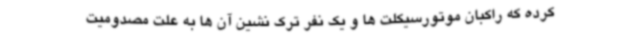
کرده که راکبان موتورسیکلت ها و یک نفر ترک نشین آن ها به علت مصدومیت